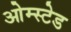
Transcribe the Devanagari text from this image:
ओम्स्टेड